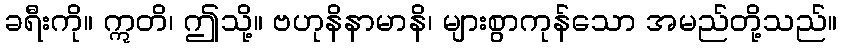
ခရီးကို။ ဣတိ၊ ဤသို့။ ဗဟုနိနာမာနိ၊ များစွာကုန်သော အမည်တို့သည်။